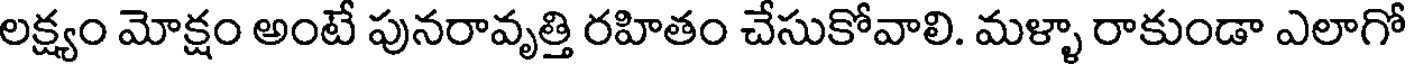
లక్ష్యం మోక్షం అంటే పునరావృత్తి రహితం చేసుకోవాలి. మళ్ళా రాకుండా ఎలాగో